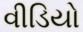
વીડિયો